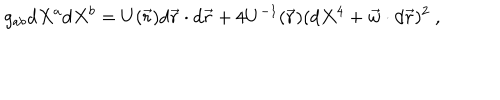
LaTeX: g _ { a b } \mathrm { d } X ^ { a } \mathrm { d } X ^ { b } = U ( \vec { r } ) \mathrm { d } \vec { r } \cdot \mathrm { d } \vec { r } + 4 U ^ { - 1 } ( \vec { r } ) ( \mathrm { d } X ^ { 4 } + \vec { w } \cdot \mathrm { d } \vec { r } ) ^ { 2 } \ ,